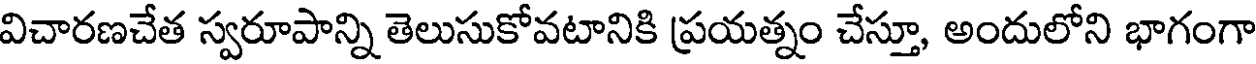
విచారణచేత స్వరూపాన్ని తెలుసుకోవటానికి ప్రయత్నం చేస్తూ, అందులోని భాగంగా